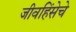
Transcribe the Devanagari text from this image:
जीवहिंसेचे